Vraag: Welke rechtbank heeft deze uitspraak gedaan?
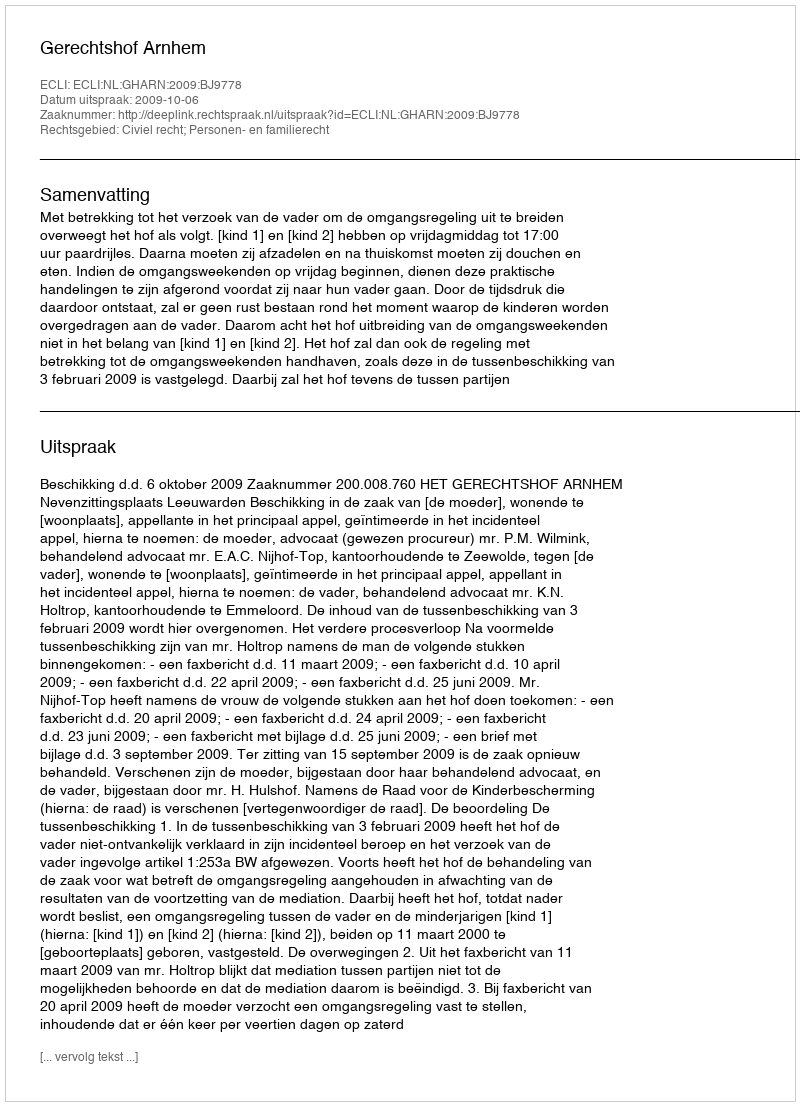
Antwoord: Gerechtshof Arnhem